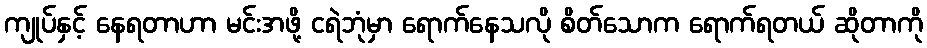
ကျုပ်နှင့် နေရတာဟာ မင်းအဖို့ ငရဲဘုံမှာ ရောက်နေသလို စိတ်သောက ရောက်ရတယ် ဆိုတာကို